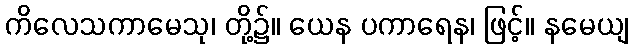
ကိလေသကာမေသု၊ တို့၌။ ယေန ပကာရေန၊ ဖြင့်။ နမေယျ